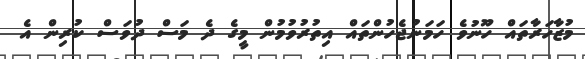
މުޒާހަރާތައް ހޫނުވެ ހަމަނުޖެހުންތައް އިތުރުވުމުން މީގެ ދެ މަސް ދުވަސް ކުރިން އެ